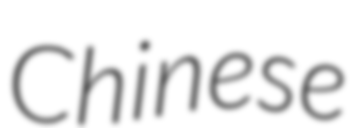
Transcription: Chinese